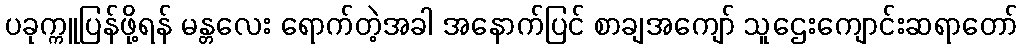
ပခုက္ကူပြန်ဖို့ရန် မန္တလေး ရောက်တဲ့အခါ အနောက်ပြင် စာချအကျော် သူဌေးကျောင်းဆရာတော်